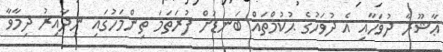
ޢާޝޫރާ ދުވަހާއި އެ ދުވަހުގެ ޙުކުމްތައް ބަނޑަށް ފުރަތަމަ ތިންމަހުގައި ނިދާއިރު ދިމާވާ